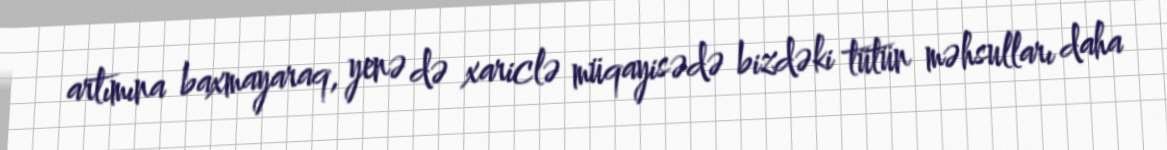
artımına baxmayaraq, yenə də xariclə müqayisədə bizdəki tütün məhsulları daha